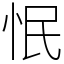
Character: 怋